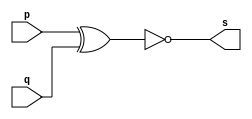
// Exercicio03 - xnor
// Nome: Samuel Eusbio da Silva

// xnor gate

	module xnorgate (output s, input p, input q);
	assign s = (~(p^q));
	endmodule //--xnor
	
	//--test xnorgate
	
	module testxnorgate;
	
	reg a,b;
	wire s;
	
	xnorgate XNOR1 (s, a, b);
	
	initial begin:start
	a=0;b=0;
	end
	
	initial begin:main
	$display("Exercicio03 - Samuel Eusbio da Silva - 435055"); 
	$display("Test xnor gate");
	$display("\n (~(a^b)) = s\n");
	$monitor("%b ~^ %b = %b", a, b, s);
	#1 a=0; b=0;
	#1 a=0; b=1;
	#1 a=1; b=0;
	#1 a=1; b=1;
	end
	endmodule //--testxnorgate